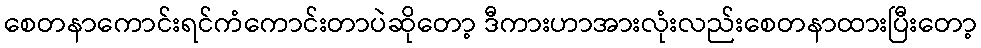
စေတနာကောင်းရင်ကံကောင်းတာပဲဆိုတော့ ဒီကားဟာအားလုံးလည်းစေတနာထားပြီးတော့